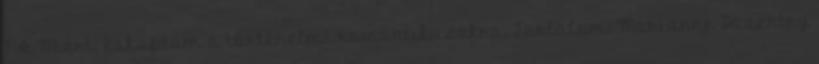
NA Miért. Rákaptam a történelmi romantikusokra. Tartalom: Marianne Daventry